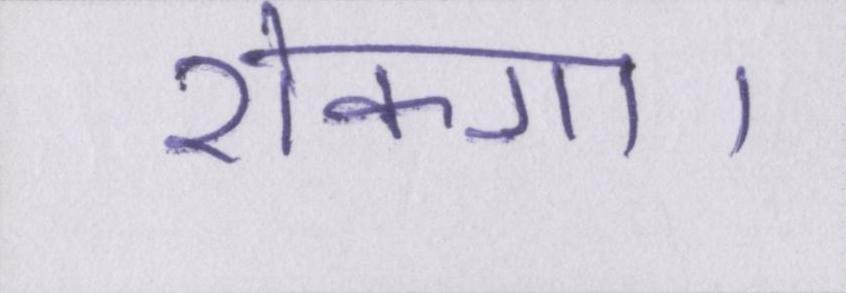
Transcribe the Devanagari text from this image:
रोकगा।